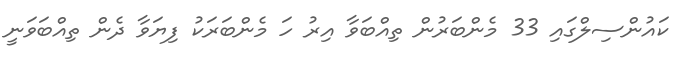
ކައުންސިލްގައި 33 މެންބަރުން ތިއްބަވާ އިރު ހަ މެންބަރަކު ފިޔަވާ ދެން ތިއްބަވަނީ